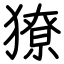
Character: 獠